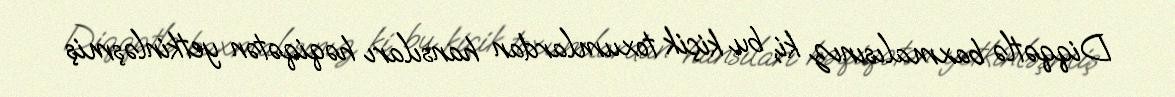
Diqqətlə baxmalısınız ki, bu kiçik toxumlardan hansıları həqiqətən yetkinləşmiş